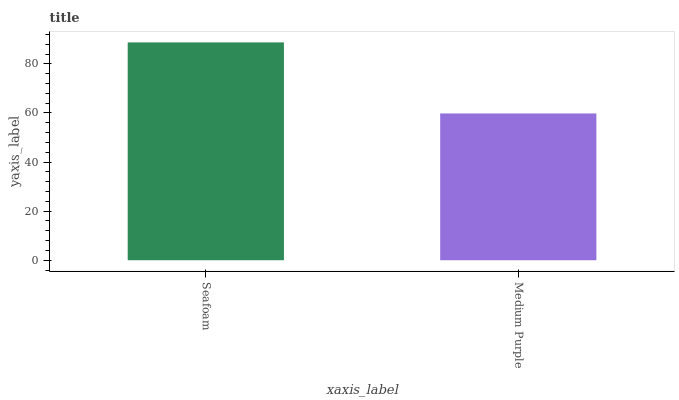
| xaxis_label | bars |
 | --- | --- |
 | Seafoam | 88.7 |
 | Medium Purple | 59.8 |